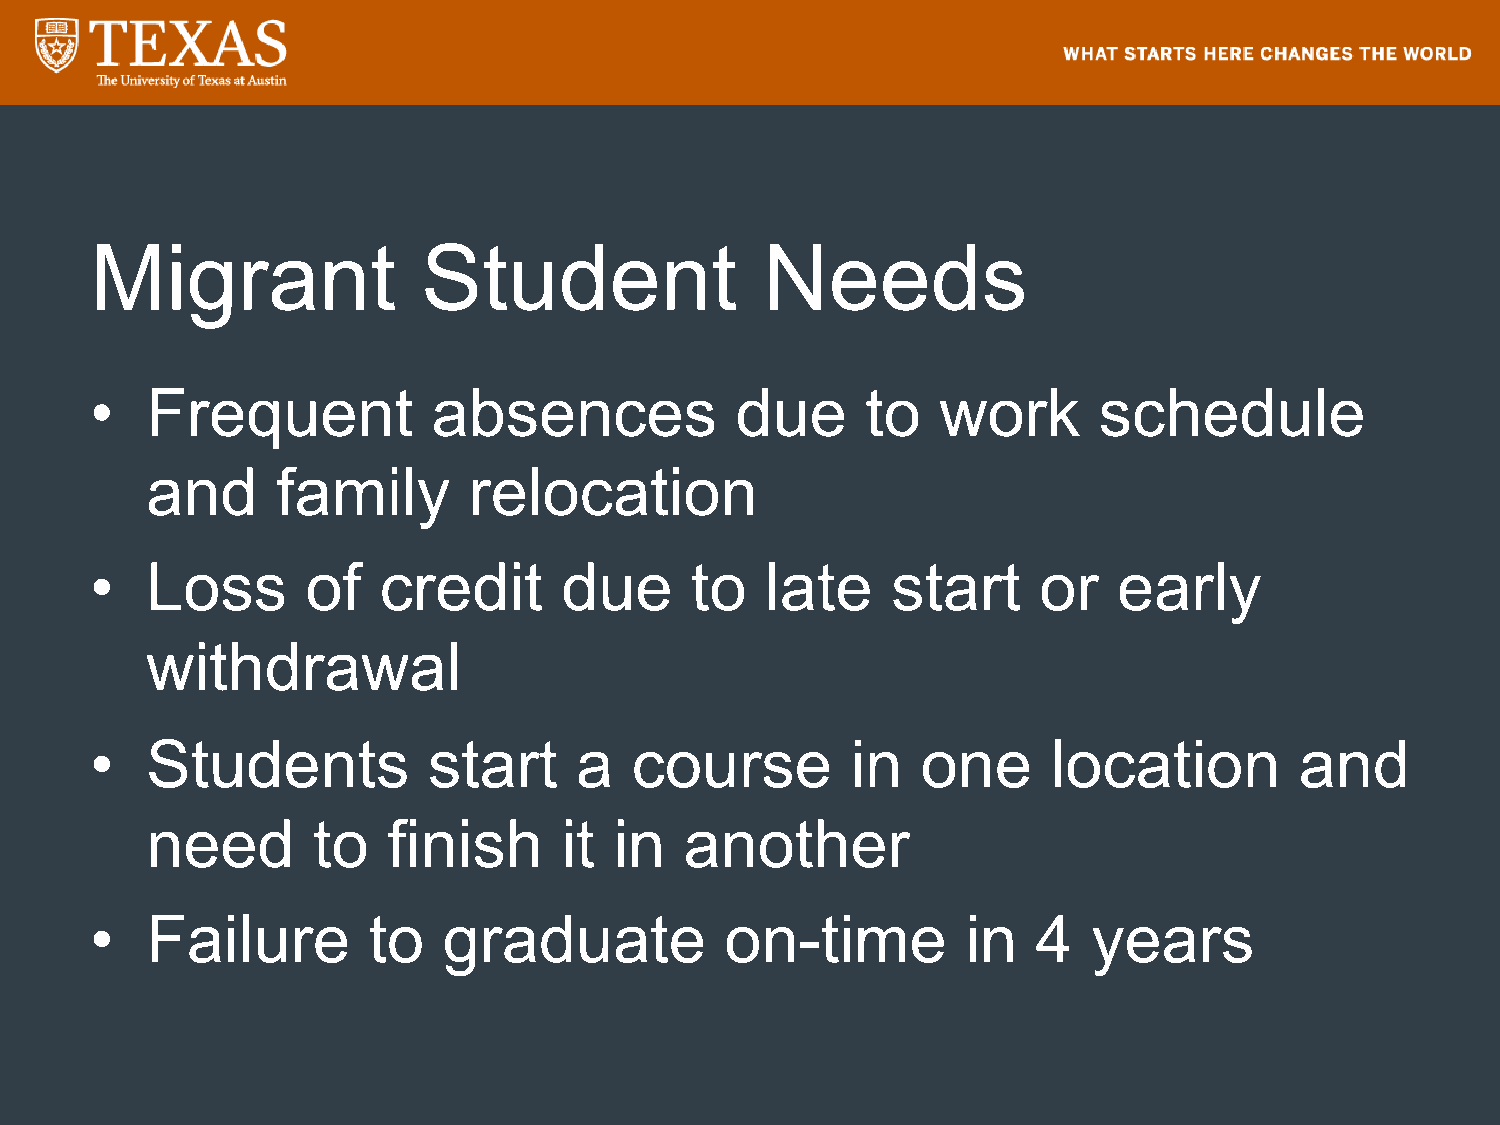
Migrant               Student               Needs
 •   Frequent           absences            due     to   work       schedule
 and     family       relocation
 •   Loss      of   credit      due      to   late    start     or   early
 withdrawal
 •   Students          start     a   course        in   one      location        and
 need       to   finish     it  in  another
 •   Failure       to   graduate           on-time         in   4  years